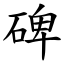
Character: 碑